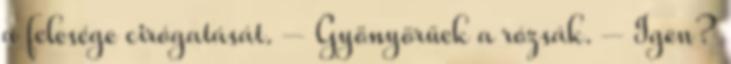
a felesége cirógatását. – Gyönyörűek a rózsák. – Igen?